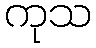
ကုသ